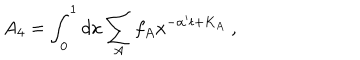
A _ { 4 } = \int _ { 0 } ^ { 1 } d x \sum _ { A } f _ { A } x ^ { - \alpha ^ { \prime } t + K _ { A } } ~ ,